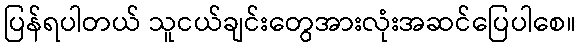
ပြန်ရပါတယ် သူငယ်ချင်းတွေအားလုံးအဆင်ပြေပါစေ။